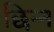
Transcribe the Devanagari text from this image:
छिन्‍न